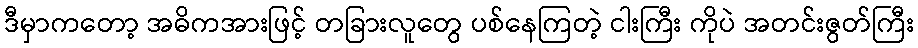
ဒီမှာကတော့ အဓိကအားဖြင့် တခြားလူတွေ ပစ်နေကြတဲ့ ငါးကြီး ကိုပဲ အတင်းဇွတ်ကြီး